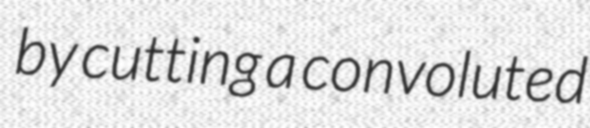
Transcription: by cutting a convoluted